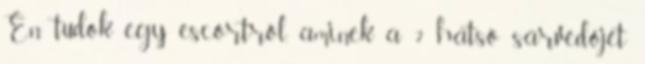
Én tudok egy escortról, aminek a 2 hátsó sárvédőjét